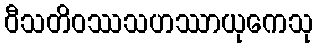
ဝီသတိဝဿသဟဿာယုကေသု